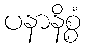
ပနာနိစ္စံ